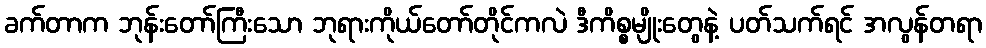
ခက်တာက ဘုန်းတော်ကြီးသော ဘုရားကိုယ်တော်တိုင်ကလဲ ဒီကိစ္စမျိုးတွေနဲ့ ပတ်သက်ရင် အလွန်တရာ